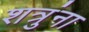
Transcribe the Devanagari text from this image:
शत्रुंना